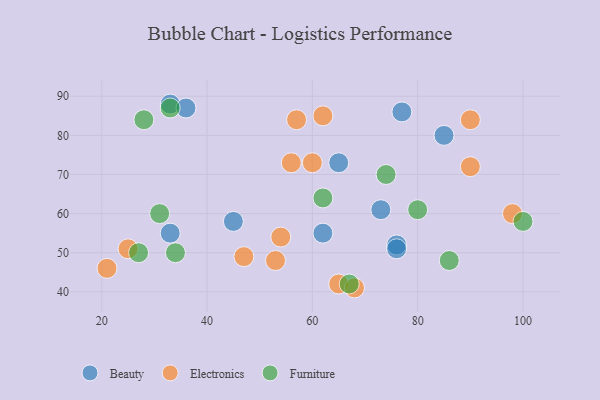
{"axis": {"x": "GDP", "y": "Life Expectancy"}, "legend": ["Beauty", "Electronics", "Furniture"], "data": [{"x": "73", "y": 61, "type": "Beauty"}, {"x": "62", "y": 55, "type": "Beauty"}, {"x": "45", "y": 58, "type": "Beauty"}, {"x": "77", "y": 86, "type": "Beauty"}, {"x": "65", "y": 73, "type": "Beauty"}, {"x": "76", "y": 52, "type": "Beauty"}, {"x": "33", "y": 55, "type": "Beauty"}, {"x": "85", "y": 80, "type": "Beauty"}, {"x": "33", "y": 88, "type": "Beauty"}, {"x": "76", "y": 51, "type": "Beauty"}, {"x": "36", "y": 87, "type": "Beauty"}, {"x": "65", "y": 42, "type": "Electronics"}, {"x": "90", "y": 84, "type": "Electronics"}, {"x": "54", "y": 54, "type": "Electronics"}, {"x": "21", "y": 46, "type": "Electronics"}, {"x": "53", "y": 48, "type": "Electronics"}, {"x": "60", "y": 73, "type": "Electronics"}, {"x": "68", "y": 41, "type": "Electronics"}, {"x": "62", "y": 85, "type": "Electronics"}, {"x": "98", "y": 60, "type": "Electronics"}, {"x": "47", "y": 49, "type": "Electronics"}, {"x": "57", "y": 84, "type": "Electronics"}, {"x": "90", "y": 72, "type": "Electronics"}, {"x": "56", "y": 73, "type": "Electronics"}, {"x": "25", "y": 51, "type": "Electronics"}, {"x": "31", "y": 60, "type": "Furniture"}, {"x": "62", "y": 64, "type": "Furniture"}, {"x": "27", "y": 50, "type": "Furniture"}, {"x": "28", "y": 84, "type": "Furniture"}, {"x": "67", "y": 42, "type": "Furniture"}, {"x": "80", "y": 61, "type": "Furniture"}, {"x": "86", "y": 48, "type": "Furniture"}, {"x": "100", "y": 58, "type": "Furniture"}, {"x": "34", "y": 50, "type": "Furniture"}, {"x": "33", "y": 87, "type": "Furniture"}, {"x": "74", "y": 70, "type": "Furniture"}]}